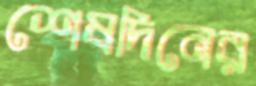
শেষদিনের